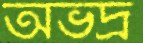
অভদ্র